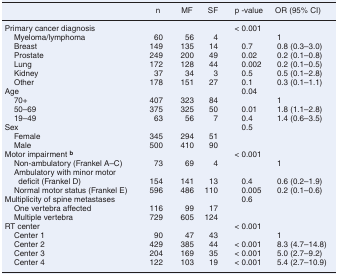
|  | n | MF | SF | p -value | OR (95% CI) |
 | --- | --- | --- | --- | --- | --- |
 | Primary cancer diagnosis |  |  |  | < 0.001 |  |
 | Myeloma/lymphoma | 60 | 56 | 4 |  | 1 |
 | Breast | 149 | 135 | 14 | 0.7 | 0.8 (0.3–3.0) |
 | Prostate | 249 | 200 | 49 | 0.02 | 0.2 (0.1–0.8) |
 | Lung | 172 | 128 | 44 | 0.002 | 0.2 (0.1–0.5) |
 | Kidney | 37 | 34 | 3 | 0.5 | 0.5 (0.1–2.8) |
 | Other | 178 | 151 | 27 | 0.1 | 0.3 (0.1–1.1) |
 | Age |  |  |  | 0.04 |  |
 | 70+ | 407 | 323 | 84 |  | 1 |
 | 50–69 | 375 | 325 | 50 | 0.01 | 1.8 (1.1–2.8) |
 | 19–49 | 63 | 56 | 7 | 0.4 | 1.4 (0.6–3.5) |
 | Sex |  |  |  | 0.5 |  |
 | Female | 345 | 294 | 51 |  |  |
 | Male | 500 | 410 | 90 |  |  |
 | Motor impairment b |  |  |  | < 0.001 |  |
 | Non-ambulatory (Frankel A–C) | 73 | 69 | 4 |  | 1 |
 | Ambulatory with minor motor deficit (Frankel D) | 154 | 141 | 13 | 0.4 | 0.6 (0.2–1.9) |
 | Normal motor status (Frankel E) | 596 | 486 | 110 | 0.005 | 0.2 (0.1–0.6) |
 | Multiplicity of spine metastases |  |  |  | 0.6 |  |
 | One vertebra affected | 116 | 99 | 17 |  |  |
 | Multiple vertebra | 729 | 605 | 124 |  |  |
 | RT center |  |  |  | < 0.001 |  |
 | Center 1 | 90 | 47 | 43 |  | 1 |
 | Center 2 | 429 | 385 | 44 | < 0.001 | 8.3 (4.7–14.8) |
 | Center 3 | 204 | 169 | 35 | < 0.001 | 5.0 (2.7–9.2) |
 | Center 4 | 122 | 103 | 19 | < 0.001 | 5.4 (2.7–10.9) |